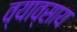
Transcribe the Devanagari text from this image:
व्याव्साय